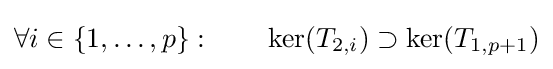
\forall i\in \{1,\ldots ,p\}:\qquad \ker(T_{2,i})\supset \ker(T_{1,p+1})